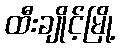
ထီးချိုင့်မြို့